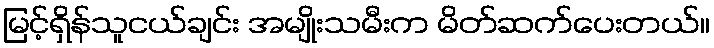
မြင့်ရှိန်သူငယ်ချင်း အမျိုးသမီးက မိတ်ဆက်ပေးတယ်။